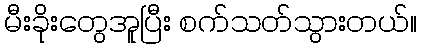
မီးခိုးတွေအူပြီး စက်သတ်သွားတယ်။